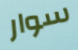
سوار